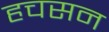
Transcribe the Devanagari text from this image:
हचसन